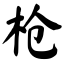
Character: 枪